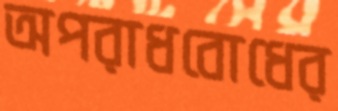
অপরাধবোধের